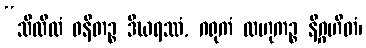
“သိထိလံ ဓနိတဉ္စ ဒီဃရဿံ, ဂရုကံ လဟုကဉ္စ နိဂ္ဂဟီတံ၊